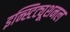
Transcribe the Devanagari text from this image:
इन्स्टिट्यूशनल